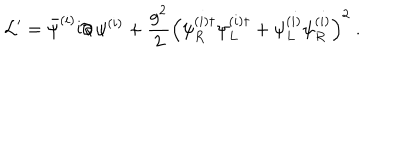
{ \cal L } ^ { \prime } = \bar { \psi } ^ { ( i ) } \mathrm { i } \partial \! \! \! / \, \psi ^ { ( i ) } + \frac { g ^ { 2 } } { 2 } \left( \psi _ { R } ^ { ( i ) \dagger } \psi _ { L } ^ { ( i ) \dagger } + \psi _ { L } ^ { ( i ) } \psi _ { R } ^ { ( i ) } \right) ^ { 2 } \ .